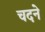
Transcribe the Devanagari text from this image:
चदने